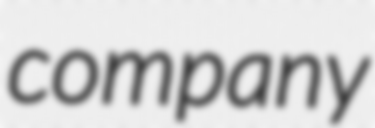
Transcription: company